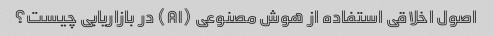
اصول اخلاقی استفاده از هوش مصنوعی (AI) در بازاریابی چیست؟